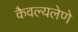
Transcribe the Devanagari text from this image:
कैवल्यलेणे